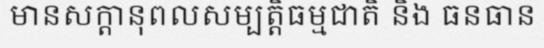
មានសក្តានុពលសម្បត្តិធម្មជាតិ និង ធនធាន